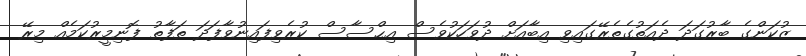
ޒުކަންގެ ބާރުގަދަ ދެއަތުގެތެރޭގައިވި އިބާއަށް ދުވަހަކުވެސް އިޙްސާސް ކުރެވިފައިނުވާފަދަ ތަފާތު ފޮނިމީރުކަމެއް މިރޭ